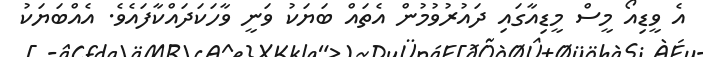
އެ ވީޑިއޯ މީސް މީޑިއާގައި ދައުރުވުމުން އެތައް ބަޔަކު ވަނީ ވާހަކަދައްކާފައެވެ. އެއްބަޔަކު